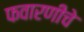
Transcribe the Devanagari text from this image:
फवारणीचे